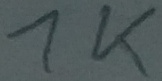
Text: 1K